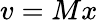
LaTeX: v=Mx